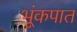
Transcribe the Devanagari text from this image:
भूंकपात